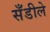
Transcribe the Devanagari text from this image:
सँडीले